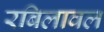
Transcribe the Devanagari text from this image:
रबिलावल